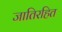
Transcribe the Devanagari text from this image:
जातिरहित